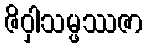
ဇိဝှါသမ္ဖဿဇာ